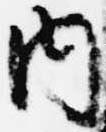
内